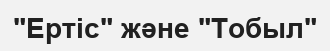
"Ертіс" және "Тобыл"